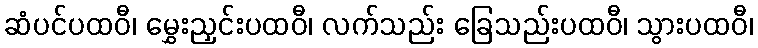
ဆံပင်ပထဝီ၊ မွှေးညှင်းပထဝီ၊ လက်သည်း ခြေသည်းပထဝီ၊ သွားပထဝီ၊